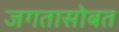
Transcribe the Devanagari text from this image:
जगतासोबत